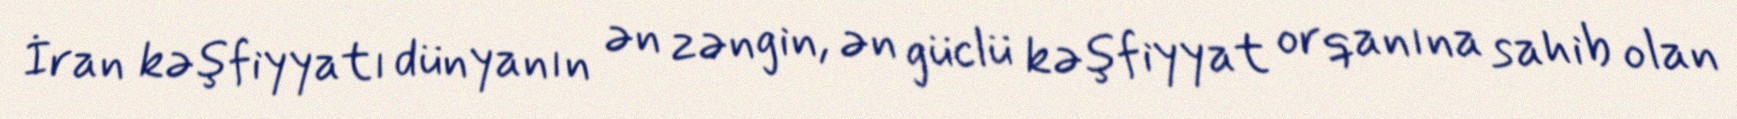
İran kəşfiyyatı dünyanın ən zəngin, ən güclü kəşfiyyat orqanına sahib olan